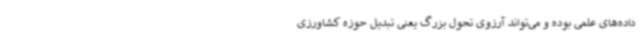
داده‌های علمی بوده و می‌تواند آرزوی تحول بزرگ یعنی تبدیل حوزه کشاورزی